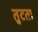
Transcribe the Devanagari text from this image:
तुटता